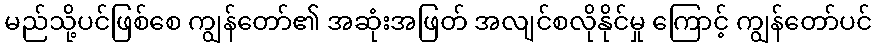
မည်သို့ပင်ဖြစ်စေ ကျွန်တော်၏ အဆုံးအဖြတ် အလျင်စလိုနိုင်မှု ကြောင့် ကျွန်တော်ပင်